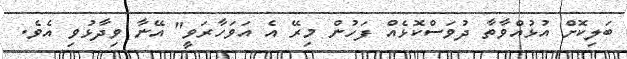
ބަލިކޮށް އުޅުއްވާތާ ދުވަސްކޮޅެއް ފަހުން މިރޭ އެ އަވަހާރަވީ" އޭނާ ވިދާޅުވި އެވެ.